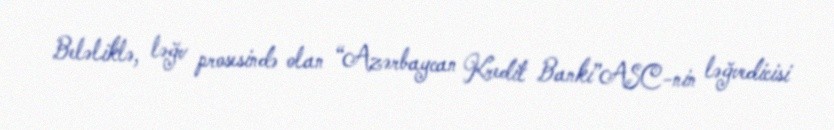
Beləliklə, ləğv prosesində olan “Azərbaycan Kredit Bankı”ASC-nin ləğvedicisi